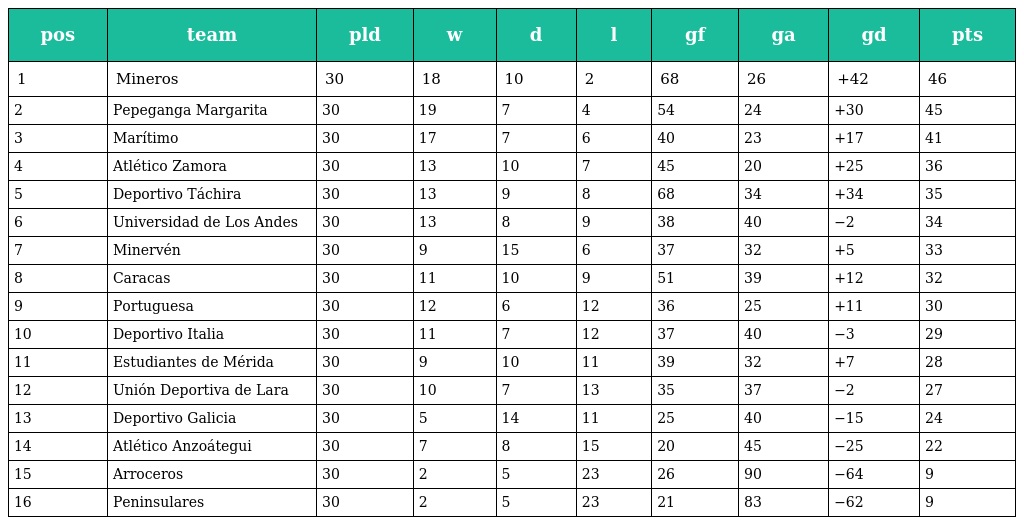
| pos | team | pld | w | d | l | gf | ga | gd | pts |
 | --- | --- | --- | --- | --- | --- | --- | --- | --- | --- |
 | 1 | Mineros | 30 | 18 | 10 | 2 | 68 | 26 | +42 | 46 |
 | 2 | Pepeganga Margarita | 30 | 19 | 7 | 4 | 54 | 24 | +30 | 45 |
 | 3 | Marítimo | 30 | 17 | 7 | 6 | 40 | 23 | +17 | 41 |
 | 4 | Atlético Zamora | 30 | 13 | 10 | 7 | 45 | 20 | +25 | 36 |
 | 5 | Deportivo Táchira | 30 | 13 | 9 | 8 | 68 | 34 | +34 | 35 |
 | 6 | Universidad de Los Andes | 30 | 13 | 8 | 9 | 38 | 40 | −2 | 34 |
 | 7 | Minervén | 30 | 9 | 15 | 6 | 37 | 32 | +5 | 33 |
 | 8 | Caracas | 30 | 11 | 10 | 9 | 51 | 39 | +12 | 32 |
 | 9 | Portuguesa | 30 | 12 | 6 | 12 | 36 | 25 | +11 | 30 |
 | 10 | Deportivo Italia | 30 | 11 | 7 | 12 | 37 | 40 | −3 | 29 |
 | 11 | Estudiantes de Mérida | 30 | 9 | 10 | 11 | 39 | 32 | +7 | 28 |
 | 12 | Unión Deportiva de Lara | 30 | 10 | 7 | 13 | 35 | 37 | −2 | 27 |
 | 13 | Deportivo Galicia | 30 | 5 | 14 | 11 | 25 | 40 | −15 | 24 |
 | 14 | Atlético Anzoátegui | 30 | 7 | 8 | 15 | 20 | 45 | −25 | 22 |
 | 15 | Arroceros | 30 | 2 | 5 | 23 | 26 | 90 | −64 | 9 |
 | 16 | Peninsulares | 30 | 2 | 5 | 23 | 21 | 83 | −62 | 9 |